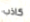
كاذب